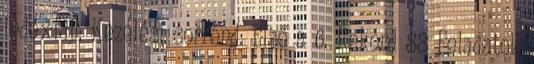
indexfájl: Kezelési sorrend: Első a 6. Rekord 88 Feladatok